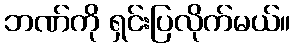
ဘဏ်ကို ရှင်းပြလိုက်မယ်။